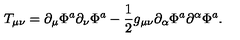
T _ { \mu \nu } = \partial _ { \mu } \Phi ^ { a } \partial _ { \nu } \Phi ^ { a } - { \frac { 1 } { 2 } } g _ { \mu \nu } \partial _ { \alpha } \Phi ^ { a } \partial ^ { \alpha } \Phi ^ { a } .